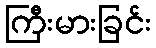
ကြီးမားခြင်း